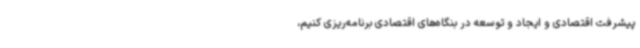
پیشرفت اقتصادی و ایجاد و توسعه در بنگاه‌های اقتصادی برنامه‌ریزی‌ کنیم،